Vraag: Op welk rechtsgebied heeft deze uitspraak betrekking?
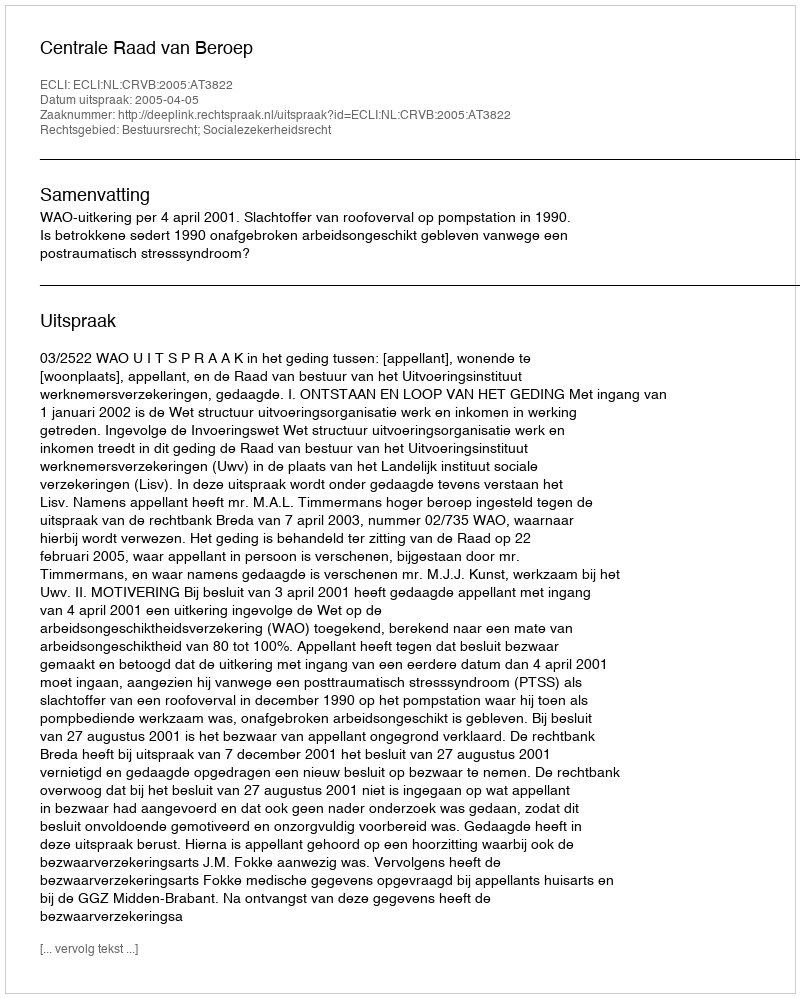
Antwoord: Bestuursrecht; Socialezekerheidsrecht